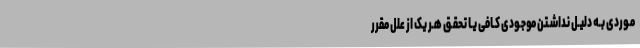
مـوردی بـه دلیـل نداشـتن موجـودی کـافی یـا تحقـق هـر یک از علل مقرر